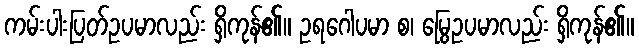
ကမ်းပါးပြတ်ဥပမာလည်း ရှိကုန်၏။ ဥရဂေါပမာ စ၊ မြွေဥပမာလည်း ရှိကုန်၏။